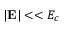
| { \bf E } | < < E _ { c }